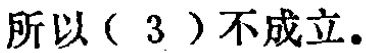
所以（3）不成立。